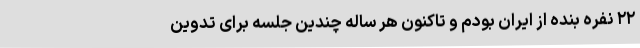
۲۲ نفره بنده از ایران بودم و تاکنون هر ساله چندین جلسه برای تدوین